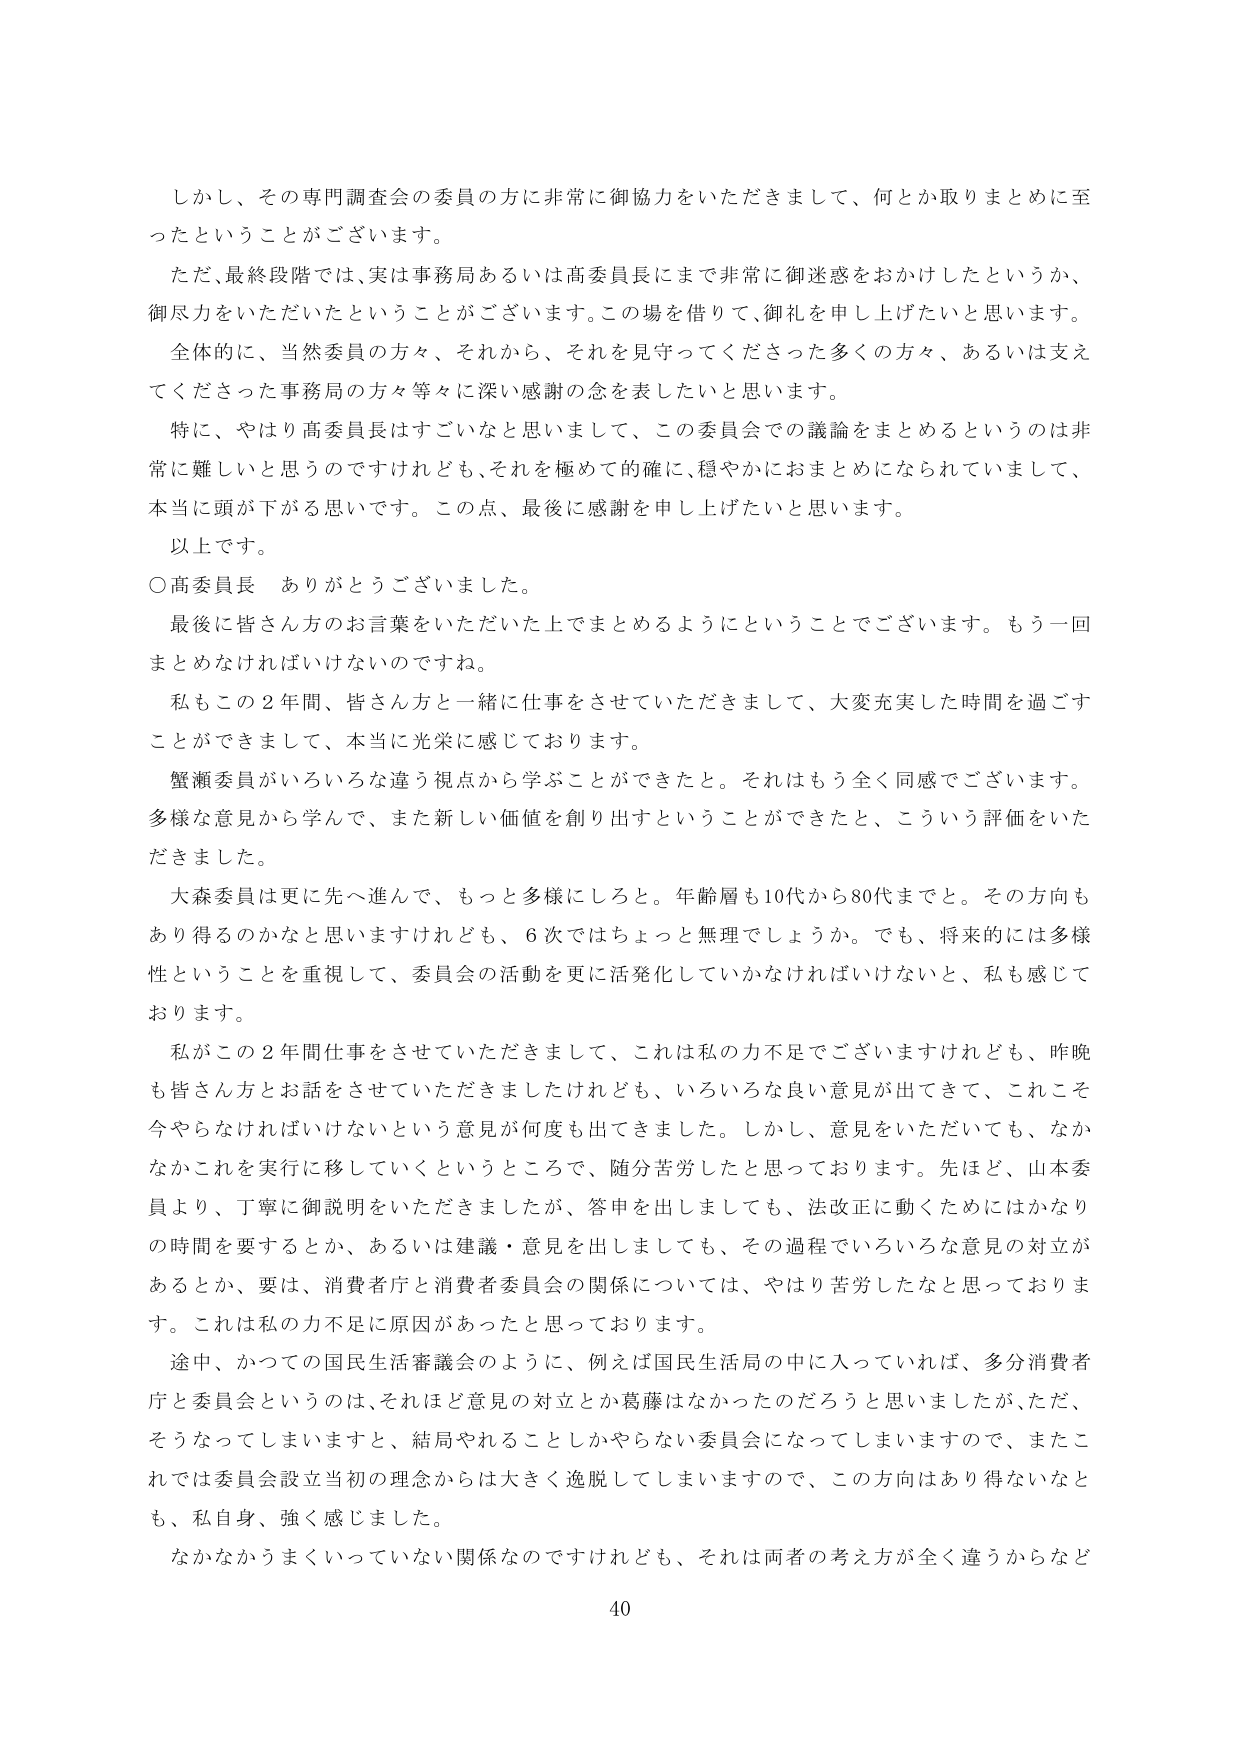
しかし、その専門調査会の委員の方に非常に御協力をいただきまして、何とか取りまとめに至ったということがございます。

ただ、最終段階では、実は事務局あるいは高委員長にまで非常に御迷惑をおかけしたというか、御尽力をいただいたということがございます。この場を借りて、御礼を申し上げたいと思います。

全体的に、当然委員の方々、それから、それを見守ってくださった多くの方々、あるいは支えてくださった事務局の方々等々に深い感謝の念を表したいと思います。

特に、やはり高委員長はすごいなと思いまして、この委員会での議論をまとめるというのは非常に難しいと思うのですけれども、それを極めて的確に、穏やかにおまとめになられていまして、本当に頭が下がる思いです。この点、最後に感謝を申し上げたいと思います。

以上です。

○高委員長　ありがとうございました。

最後に皆さん方のお言葉をいただいた上でまとめるようにということでございます。もう一回まとめなければならないのですね。

私もこの２年間、皆さん方と一緒に仕事をさせていただきまして、大変充実した時間を過ごすことができまして、本当に光栄に感じております。

蟹瀬委員がいろいろな違う視点から学ぶことができたと。それはもう全く同感でございます。多様な意見から学んで、また新しい価値を創り出すということができたと、こういう評価をいただきました。

大森委員は更に先へ進んで、もっと多様にしろと。年齢層も10代から80代までと。その方向もあり得るのかなと思いますけれども、６次ではちょっと無理でしょうか。でも、将来的には多様性ということを重視して、委員会の活動を更に活発化していかなければならないと、私も感じております。

私がこの２年間仕事をさせていただきました、これは私の力不足でございますけれども、昨晩も皆さん方とお話をさせていただきましたけれども、いろいろな良い意見が出てきて、これこそ今やらなければならないという意見が何度も出てきました。しかし、意見をいただいても、なかなかこれを実行に移していくというところで、随分苦労したと思っております。先ほど、山本委員より、丁寧に御説明をいただきましたが、答申を出しましても、法改正に動くためにはかなりの時間を要するとか、あるいは建議・意見を出しましても、その過程でいろいろな意見の対立があるとか、要は、消費者庁と消費者委員会の関係については、やはり苦労したなと思っております。これは私の力不足に原因があったと思っております。

途中、かつての国民生活審議会のように、例えば国民生活局の中に入っていれば、多分消費者庁と委員会というのは、それほど意見の対立とか葛藤はなかったのだろうと思いましたが、ただ、そうなってしまいますと、結局やれることしかやらない委員会になってしまいますので、またこれでは委員会設立当初の理念からは大きく逸脱してしまいますので、この方向はあり得ないなとも、私自身、強く感じました。

なかなかうまくいっていない関係なのですがけれども、それは両者の考え方が全く違うからなど

40